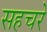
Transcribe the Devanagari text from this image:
सहचरे